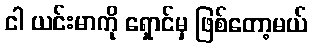
ငါ ယင်းမာကို ရှောင်မှ ဖြစ်တော့မယ်